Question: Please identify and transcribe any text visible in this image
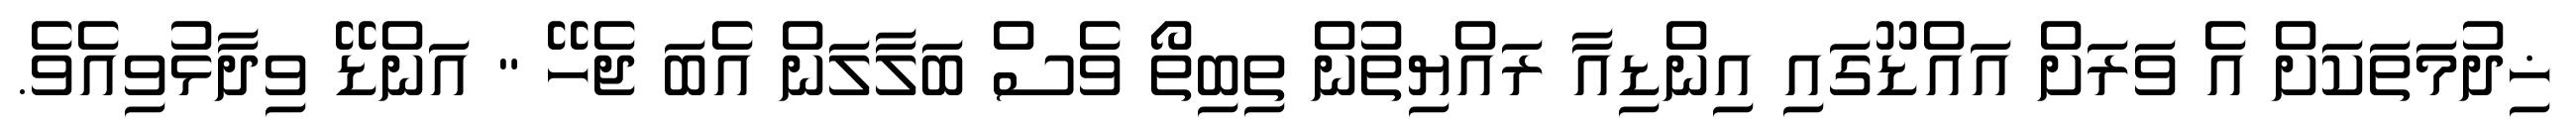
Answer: ޚިދުމަތަކަށް އެ ވަރަށް އައްޑޫގައި އިންޑިއާ ރައްޔިތުން ތިބިތޯ ވެސް ބަލާލަން އެބަ ޖެހޭ " އަންޑޭ ވިދާޅުވިއެވެ.